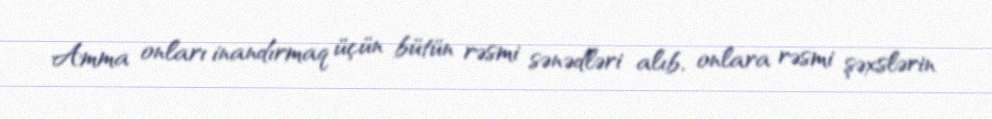
Amma onları inandırmaq üçün bütün rəsmi sənədləri alıb, onlara rəsmi şəxslərin